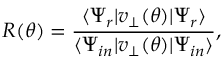
R ( \theta ) = \frac { \langle \Psi _ { r } | v _ { \perp } ( \theta ) | \Psi _ { r } \rangle } { \langle \Psi _ { i n } | v _ { \perp } ( \theta ) | \Psi _ { i n } \rangle } ,